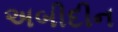
અબીદીન